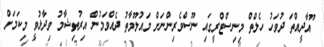
ޫއާދީއްތަ ދުވަހު ހެލްތް މިނިސްޓްރީގައި ނޫސްވެރިންނަށް މައުލޫމާތު ދެއްވަމުން އިރުތިޝާމު ވިދާޅުވީ މިކަމަށް